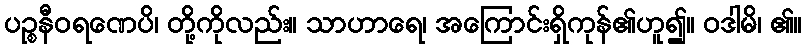
ပဉ္စနီဝရဏေပိ၊ တို့ကိုလည်း။ သာဟာရေ၊ အကြောင်းရှိကုန်၏ဟူ၍။ ဝဒါမိ၊ ၏။